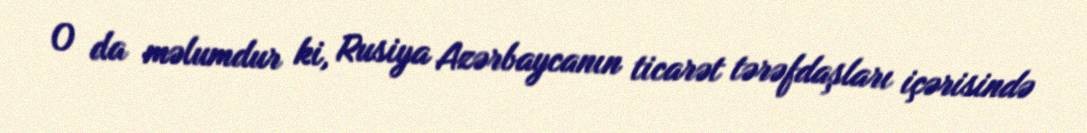
O da məlumdur ki, Rusiya Azərbaycanın ticarət tərəfdaşları içərisində